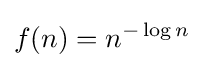
f(n)=n^{-\log n}